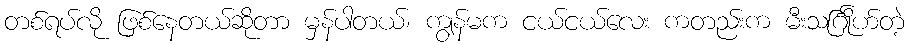
တစ်ရပ်လို ဖြစ်နေတယ်ဆိုတာ မှန်ပါတယ်၊ ကျွန်မက ငယ်ငယ်လေး ကတည်းက မီးသင်္ဂြိုဟ်တဲ့